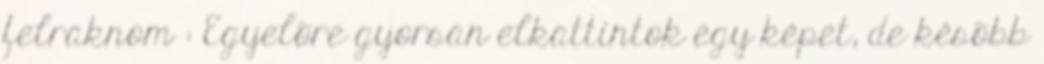
felraknom : Egyelõre gyorsan elkattintok egy képet, de késõbb